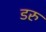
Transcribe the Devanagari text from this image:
डरु